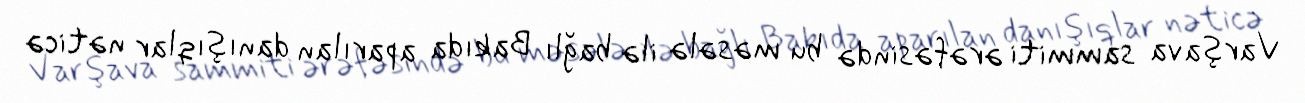
Varşava sammiti ərəfəsində bu məsələ ilə bağlı Bakıda aparılan danışıqlar nəticə